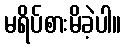
မရိပ်စားမိခဲ့ပါ။